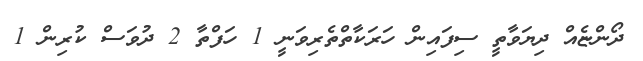
ދޯންޏެއް ދިޔަވާތީ ސިފައިން ހަރަކާތްތެރިވަނީ 1 ހަފްތާ 2 ދުވަސް ކުރިން 1